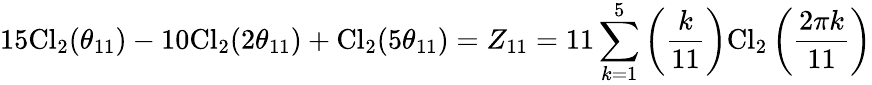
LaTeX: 15\mathrm{Cl}_{2}(\theta_{11})-10\mathrm{Cl}_{2}(2\theta_{11})+\mathrm{Cl}_{2}(5\theta_{11})=Z_{11}=11\sum_{k=1}^{5}\left(\frac{k}{11}\right)\mathrm{Cl}_{2}\left(\frac{2\pi k}{11}\right)